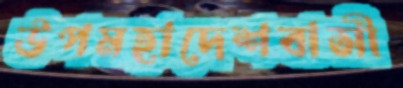
উপমহাদেশবাসী